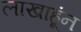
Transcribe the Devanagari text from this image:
लाखाहूंन